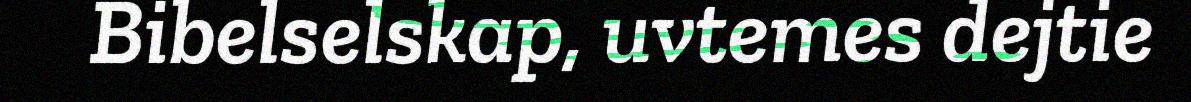
Bibelselskap, uvtemes dejtie